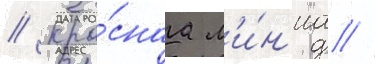
// Кра́снаа л'и́н'иа /